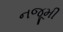
નજૂમી